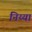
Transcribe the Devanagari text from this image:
निय्या